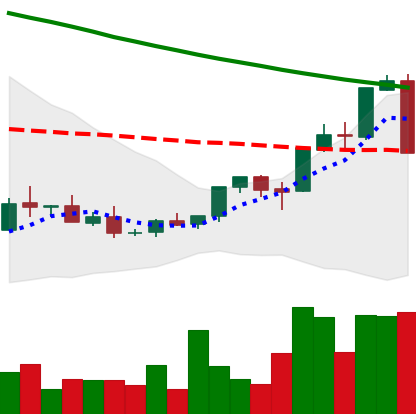
Ticker: XMR-USD
Chart end date: 2018-09-05
Forward return: -8.187%
Label: down_7plus